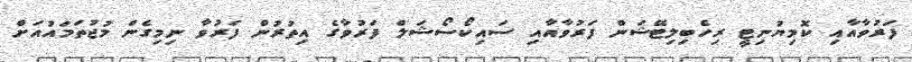
ފަރުވާއާއި ކޮމިޔުނިޓީ ރިހެބިލިޓޭޝަން ފަރުވާއާއި ސައިކޯސޯޝަލް ފަރުވާގެ އިތުރުން ފަރުވާ ނިމިގެން މުޖުތަމައުއަށް